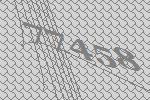
77458